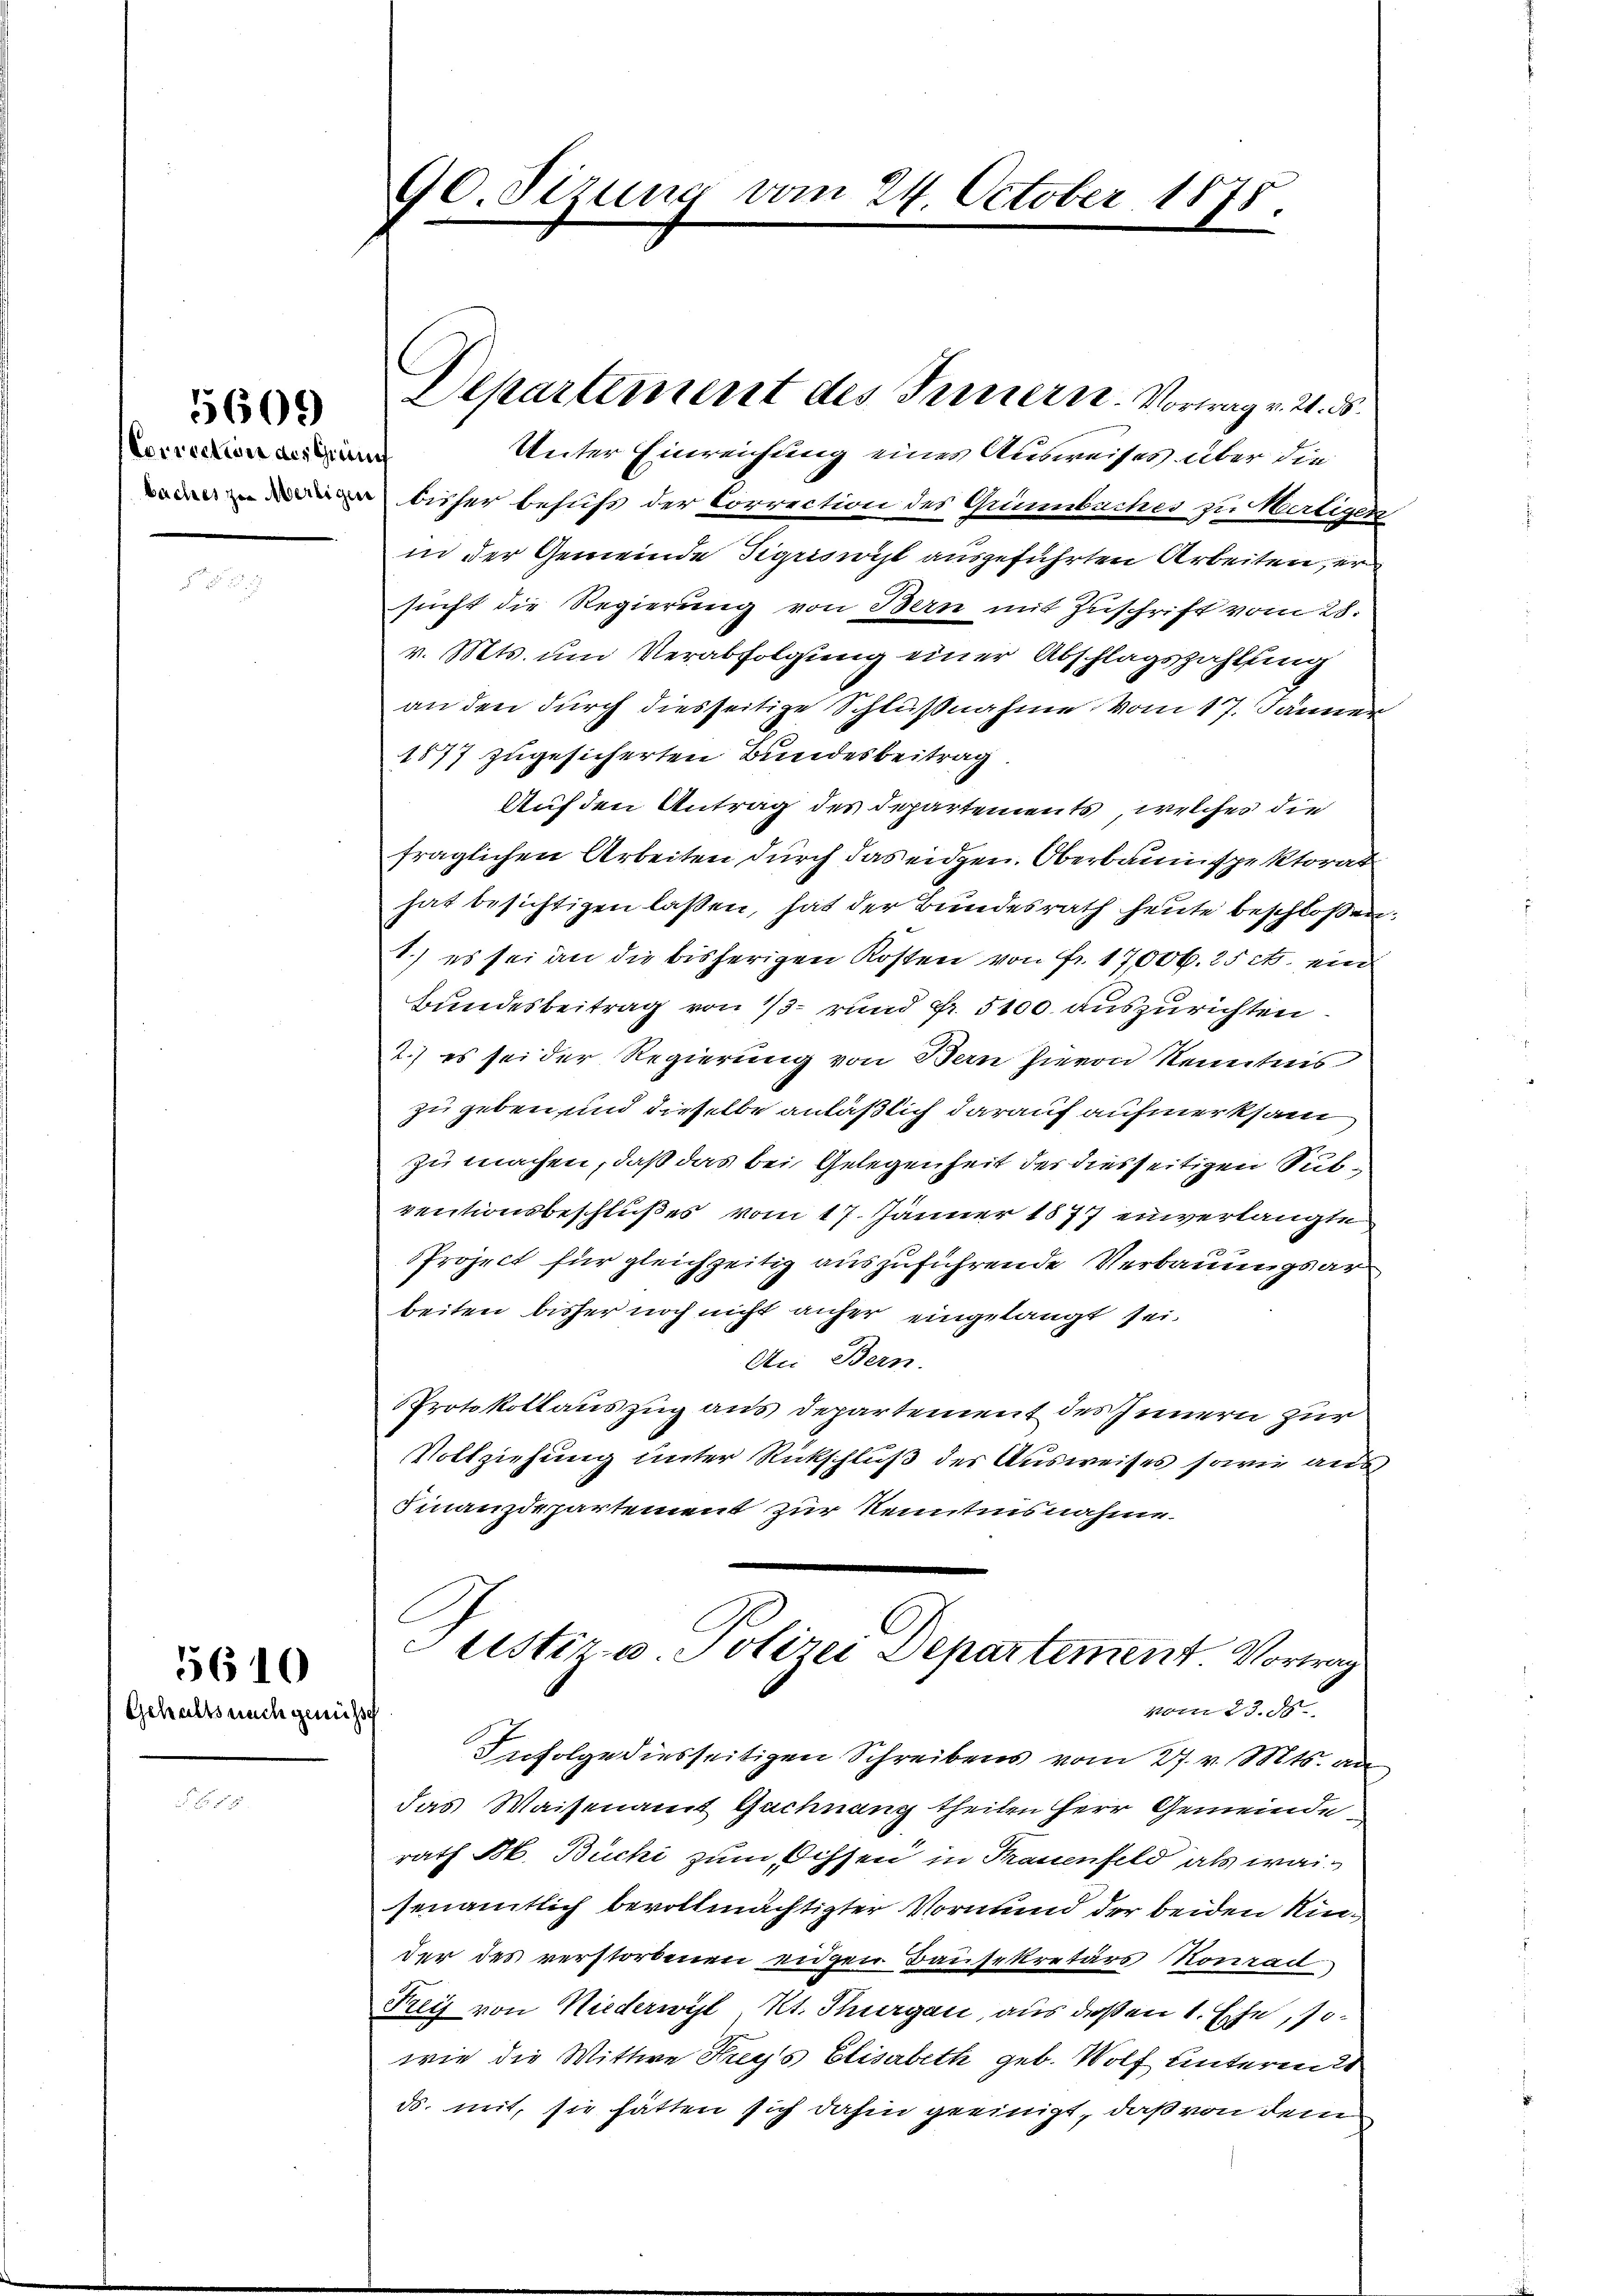
Correction des Geri
baches zu Mertigers

5609

Gehalts nach genuß

5610

90. Sezung vom 24. October 1875.

Departement des Innern Vortrag v. 21. ds.

Unter Einreichung eines Ausweises über die
¬
bisher behufs der Correction des Grünbaches zu Wertiger
in der Gemeinde Sigriswicht ausgeführten Arbeiten, er
sucht die Regierung von Bern mit Zuschrift vom 28.
v. Mts. um Verabfolgung einer Abschlagszahlung
an den durch diesseitige Schlußnahme vom 17. Jänner
1577 zugesicherten Bundesbeitrag
Auf den Antrag des Departements, welches die
fraglichen Arbeiten durch das eidgen. Oberbaumspektorat
hat besichtigen laßen, hat der Bundesrath heute beschloßen
1.) es sei an die bisherigen Kosten von Fr. 17000. 25 rt. ein
Bundesbeitrag von 13 – rund Fr. 5100 auszurichten.
2.) es sei der Regierung von Bern hievon Kenntnis
zu geben und dieselbe anläßlich darauf aufmerksam
zu machen, daß das bei Gelegenheit der diesseitigen Subventionsbeschlußes vom 17. Jänner 1877 einverlangte
Project für gleichzeitig auszuführende Verbauungsarbeiten bisher noch nicht anher eingelangt sei.
An Bern.
Protokollauszug aus Departement des Innern zur
VVollziehung unter Rückschluß der Ausweises sowie aus
Finanzdepartement zur Kenntnisnahme.
ustiz- u. Polizei Departement. Vortrag
vom 23. ds
Infolge diesseitigen Schreibens vom 27. v. Mts. an
das Waisenamt Gachnang theilen Herr Gemeinde
rath Bl. Büchi zum Ochsen in Trauenfeld als waisenamtlich bevollmächtigter Vormund der beiden Kinder des verstorbenen eidgen Bausekretärs Konrad,
Frey von Niederwyl Kt. Thurgau, aus deßen 1. Ehe, sowie die Wittwe Freys Elisabeth geb. Wolf untermit
ds. mit, sie hätten sich dahin geeinigt, daß von dem